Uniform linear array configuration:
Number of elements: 64
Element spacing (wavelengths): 0.25
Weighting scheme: kaiser
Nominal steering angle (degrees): -45
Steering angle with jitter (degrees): -45.394
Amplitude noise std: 0.05
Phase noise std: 0.05

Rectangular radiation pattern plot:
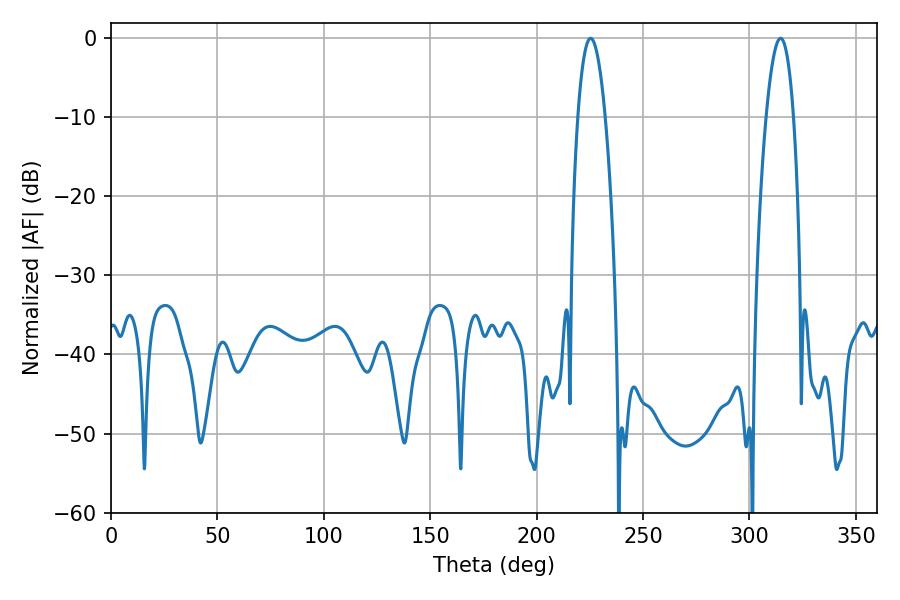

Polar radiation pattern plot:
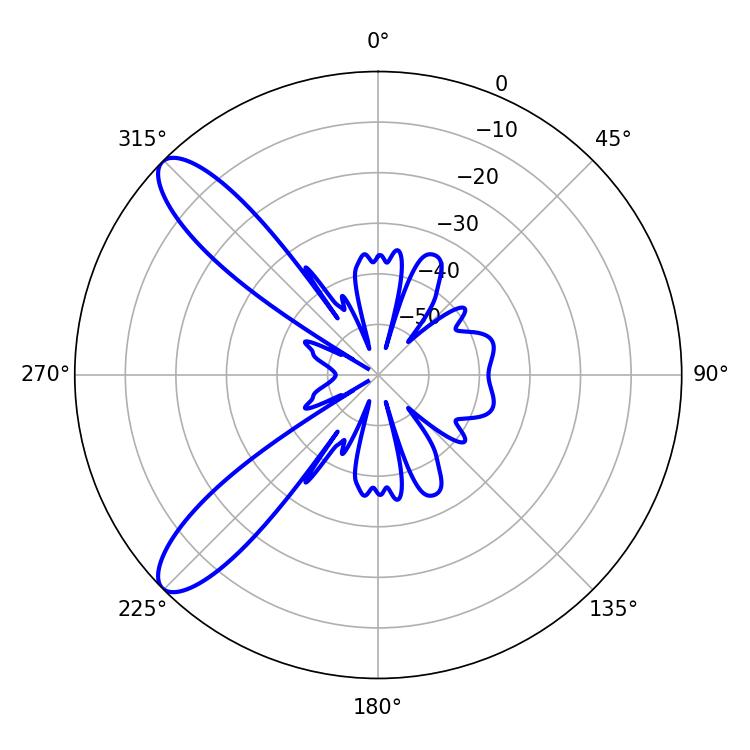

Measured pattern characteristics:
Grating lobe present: FALSE
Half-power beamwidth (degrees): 7.02
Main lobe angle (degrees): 225.36